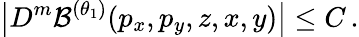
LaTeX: \big|D^{m}\mathcal{B}^{(\theta_{1})}(p_{x},p_{y},z,x,y)\big|\leq C\, .